Calcutta medical institutions reports 1871-78
Year: 1871
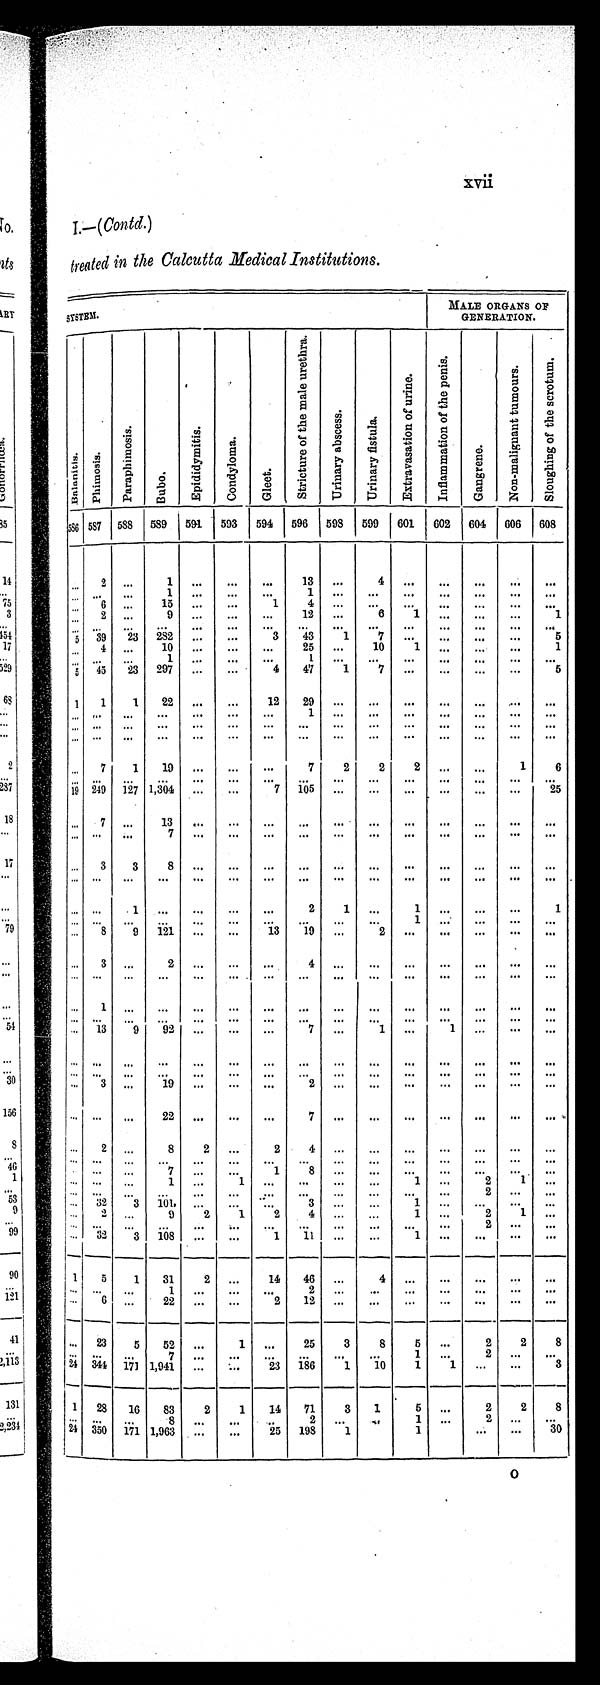
xvii
I.—( Contd. )
treated in the Calcutta Medical Institutions.
SYSTEM
MALE ORGANS OF
GENERATION.
Bal ani t i s.
P h i m o s i s .
P a r a p h i m o s i s .
Bu b o .
E p i d i d y m i t i s .
C o n d y l o m a .
G l e e t .
S t r i c t u r e o f t h e m a l e u r e t h r a .
U r i n a r y a b s c e s s .
U r i n a r y f i s t u l a .
E x t r a v a s a t i o n o f u r i n e .
I n f l a m m a t i o n o f t h e p e n i s .
G a n g r e n e .
N o n - m a l i g u a n t t u m o u r s .
S l o u g h i n g o f t h e s c r o t u m .
586 587 588 589
591
593
594
596
598
599
601
602 604
606
608
... 2
. . .
1 ...
...
...
13
...
4
...
...
...
...
...
... ...
. . .
1
...
... ...
1 ...
...
. . . ...
. . .
. . .
. . .
...
6 ...
15 ...
...
1
4 ...
... —
...
. . .
...
. . .
... 2
...
9 ...
...
. . . 12
. . .
6 1
...
...
...
1
... ...
. . .
. . .
...
...
. . .
. . . ...
...
. . . ...
. . .
. . .
. . .
5 39
23
2 8 2 ...
...
3
43
1
7
. . . ...
. . .
. . .
5
...
4 ...
1 0
...
...
. . .
2 5 ...
10
1 ...
...
...
1
. . . ...
. . .
1 ...
...
. . .
1
...
...
...
...
...
. . .
...
5
45 23
297
...
...
4
47
1
7
. . . ...
. . .
. . .
5
1
1
1
22
...
...
12
29
...
...
...
...
...
...
...
...
. . . ...
...
...
...
...
1 ...
...
. . . ...
. . .
. . .
. . .
...
. . .
. . .
. . .
. . .
...
...
. . .
. . .
...
...
...
...
...
...
... ...
...
...
...
...
...
...
...
...
...
...
...
...
...
. . .
7
1
19
...
...
...
7
2
2
2
...
. . .
1
6
. . .
...
. . .
. . .
...
... ...
. . .
...
...
. . . ...
. . .
. . .
. . .
1 9 249 127 1,304 ...
...
7 105
...
...
. . . ...
. . .
. . .
2 5
...
7 . . .
13
...
... ...
...
...
......
... ...
...
...
... ...
...
7 ...
... ...
...
...
......
... ...
...
...
...
3
3
8
...
... ...
...
...
......
... ...
...
...
... ...
...
...
...
... ...
...
...
......
... ...
...
...
... ...
1
. . .
...
...
...
2
1
...
1 ...
. . .
. . .
1
... ...
...
...
...
...
...
...
...
...
1 ...
. . .
. . .
. . .
...
8
9
121
. . .
...
13
19
...
2
. . . ...
. . .
. . .
. . .
... 3
...
2
...
...
...
4
...
......
... ...
...
...
...
. . . ...
...
...
...
...
....
...
...
. . .
. . .
. . .
. . .
. . .
...
1 ...
. . . ...
... ...
. . .
...
... ...
... ...
. . .
. . .
. . .
. . .
. . .
. . . ...
... ...
. . .
...
. . . . . . ...
. . .
. . .
. . .
. . .
. . . 13
9
9 2 ...
... ...
7
...
1
. . .
1
...
. . .
...
...
... ...
. . . ...
... ...
. . .
...
......
......
...
...
...
. . .
. . .
. . .
. . .
. . .
. . .
. . .
. . .
. . .
. . .
. . .
. . .
. . .
. . .
...
3 ...
19
...
...
...
2
...
... ...
... ...
...
...
... ...
...
22
. . .
...
. . .
7
...
... ...
... ...
...
...
...
2 ...
8
2 ...
2
4
...
... ...
... ...
...
...
. . .
...
...
. . .
. . . ...
. . .
. . . ...
...
. . . . . .
. . . .
...
...
...
. . .
.. ...
7
. . . ...
1
8
...
...
...
...
...
...
...
. . . ... ...
1
...
1
. . .
. . . ...
...
1
...
2
1
...
. . . ...
. . .
. . .
. . . ...
. . .
. . . ...
...
. . . ...
2
...
...
. . . 32
3
1 0 1
. . . ...
. . .
3 ...
...
1 ...
. . .
. . .
. . .
. . . 2
. . .
9
2
1
2
4
...
...
1
...
2
1
...
. . . ...
. . .
. . .
. . .
...
. . .
. . . ...
...
...
...
2
. . .
. . .
. . . 32
3
1 0 8
. . .
...
1
1 1 ...
...
1
. . .
. . . ...
...
1
5
1
31
2
...
14
46
...
4
...
...
...
...
...
. . . ...
...
1
. . .
. . .
...
2
...
...
...
...
...
...
...
. . .
6 ...
22
...
...
2
12
...
...
. . .
...
...
...
. . .
. . . 23
5
52
...
1
...
25
3
8
5
...
2
2
8
. . . ...
. . .
7 ...
...
...
. . .
...
...
1 ...
2
. . .
. . .
2 4 344 171 1,941
...
...
2 3
1 8 6
1
10
1
1
. . .
. . .
3
1
28
16
83
2
1
14
71
3
1
5 ...
2
2
8
. . . ...
. . .
8
. . .
. . .
. . .
2
... ...
1
...
2
. . .
. . .
2 4 350 171 1,963
. . .
...
25
198
1
1
...
...
30